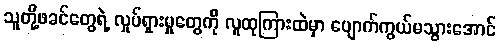
သူတို့ဖခင်တွေရဲ့ လှုပ်ရှားမှုတွေကို လူထုကြားထဲမှာ ပျောက်ကွယ်မသွားအောင်